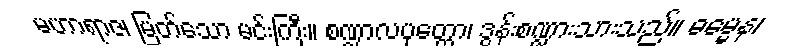
မဟာရာဇ၊ မြတ်သော မင်းကြီး။ စဏ္ဍာလပုတ္တော၊ ဒွန်းစဏ္ဍားသားသည်။ ဓမ္မေန၊